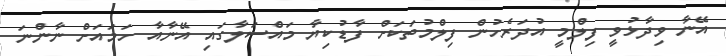
އޭނާ ވިދާޅުވީ ފިލްމީ އުދަރެހުން ފިލްމުތަކަށް ފާޑުކިޔާ މައްސަލާގައި އޭނާއާ ހަމައަށް ނާންނަ